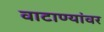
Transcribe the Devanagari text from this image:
वाटाण्यांवर